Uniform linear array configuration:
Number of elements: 48
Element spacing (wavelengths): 0.25
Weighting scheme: uniform
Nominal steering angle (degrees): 45
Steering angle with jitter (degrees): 46.826
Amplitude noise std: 0.05
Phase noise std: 0.05

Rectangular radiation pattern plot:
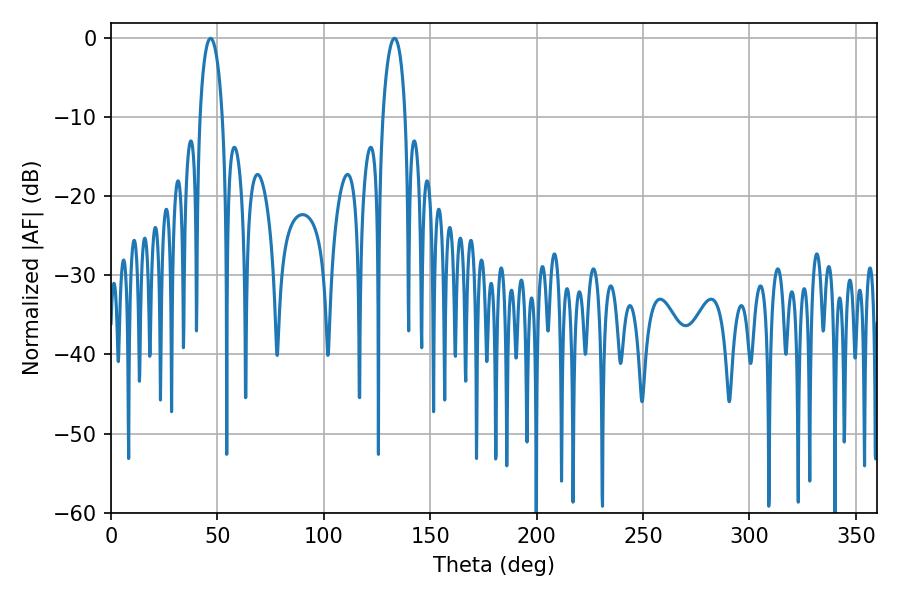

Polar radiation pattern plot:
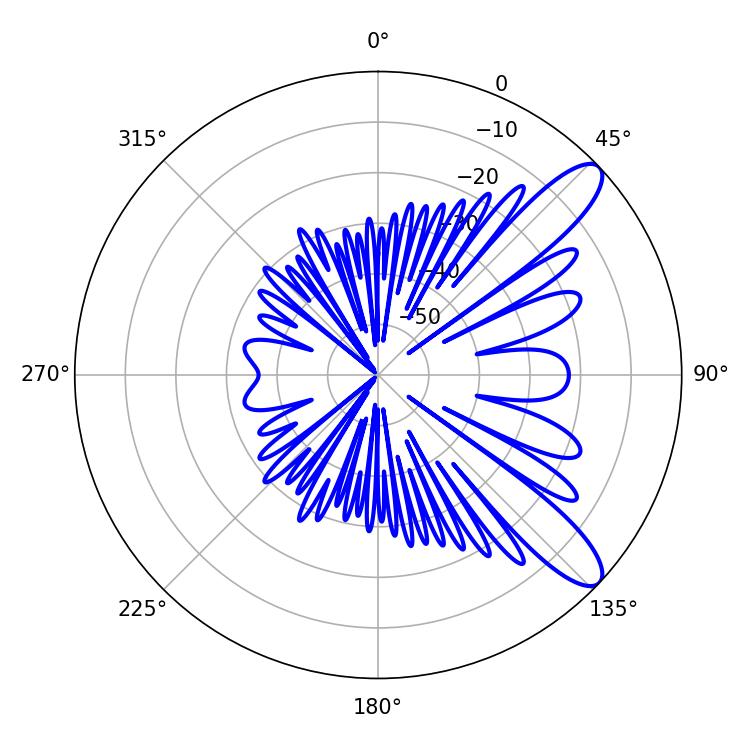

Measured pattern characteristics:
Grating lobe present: FALSE
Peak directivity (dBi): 10.542
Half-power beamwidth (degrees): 5.94
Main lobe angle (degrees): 46.8